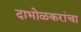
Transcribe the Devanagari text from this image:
दाभोळकरांचा